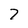
Character: 7